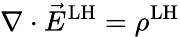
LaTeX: \nabla\cdot{\vec{E}}^{\mathrm{LH}}=\rho^{\mathrm{LH}}